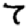
Digit: 7